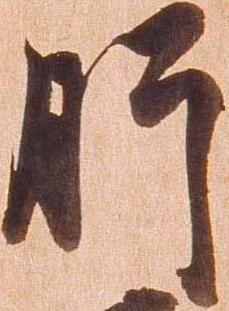
肝